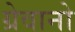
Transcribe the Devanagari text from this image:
ग्रेवानो